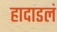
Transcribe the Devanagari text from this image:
हादाडलं